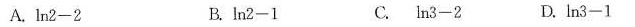
A.$$l n 2 - 2$$ B.$$l n 2 - 1$$ C.$$l n 3 - 2$$ D.$$l n 3 - 1$$